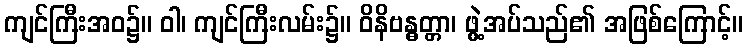
ကျင်ကြီးအဝ၌။ ဝါ၊ ကျင်ကြီးလမ်း၌။ ဝိနိဗန္ဓတ္တာ၊ ဖွဲ့အပ်သည်၏ အဖြစ်ကြောင့်။